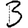
Digit: 3